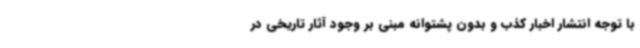
با توجه انتشار اخبار کذب و بدون پشتوانه مبنی بر وجود آثار تاریخی در